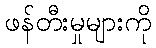
ဖန်တီးမှုများကို